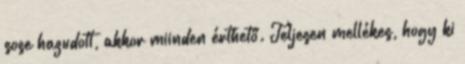
sose hazudott, akkor miinden érthető. Teljesen mellékes, hogy ki